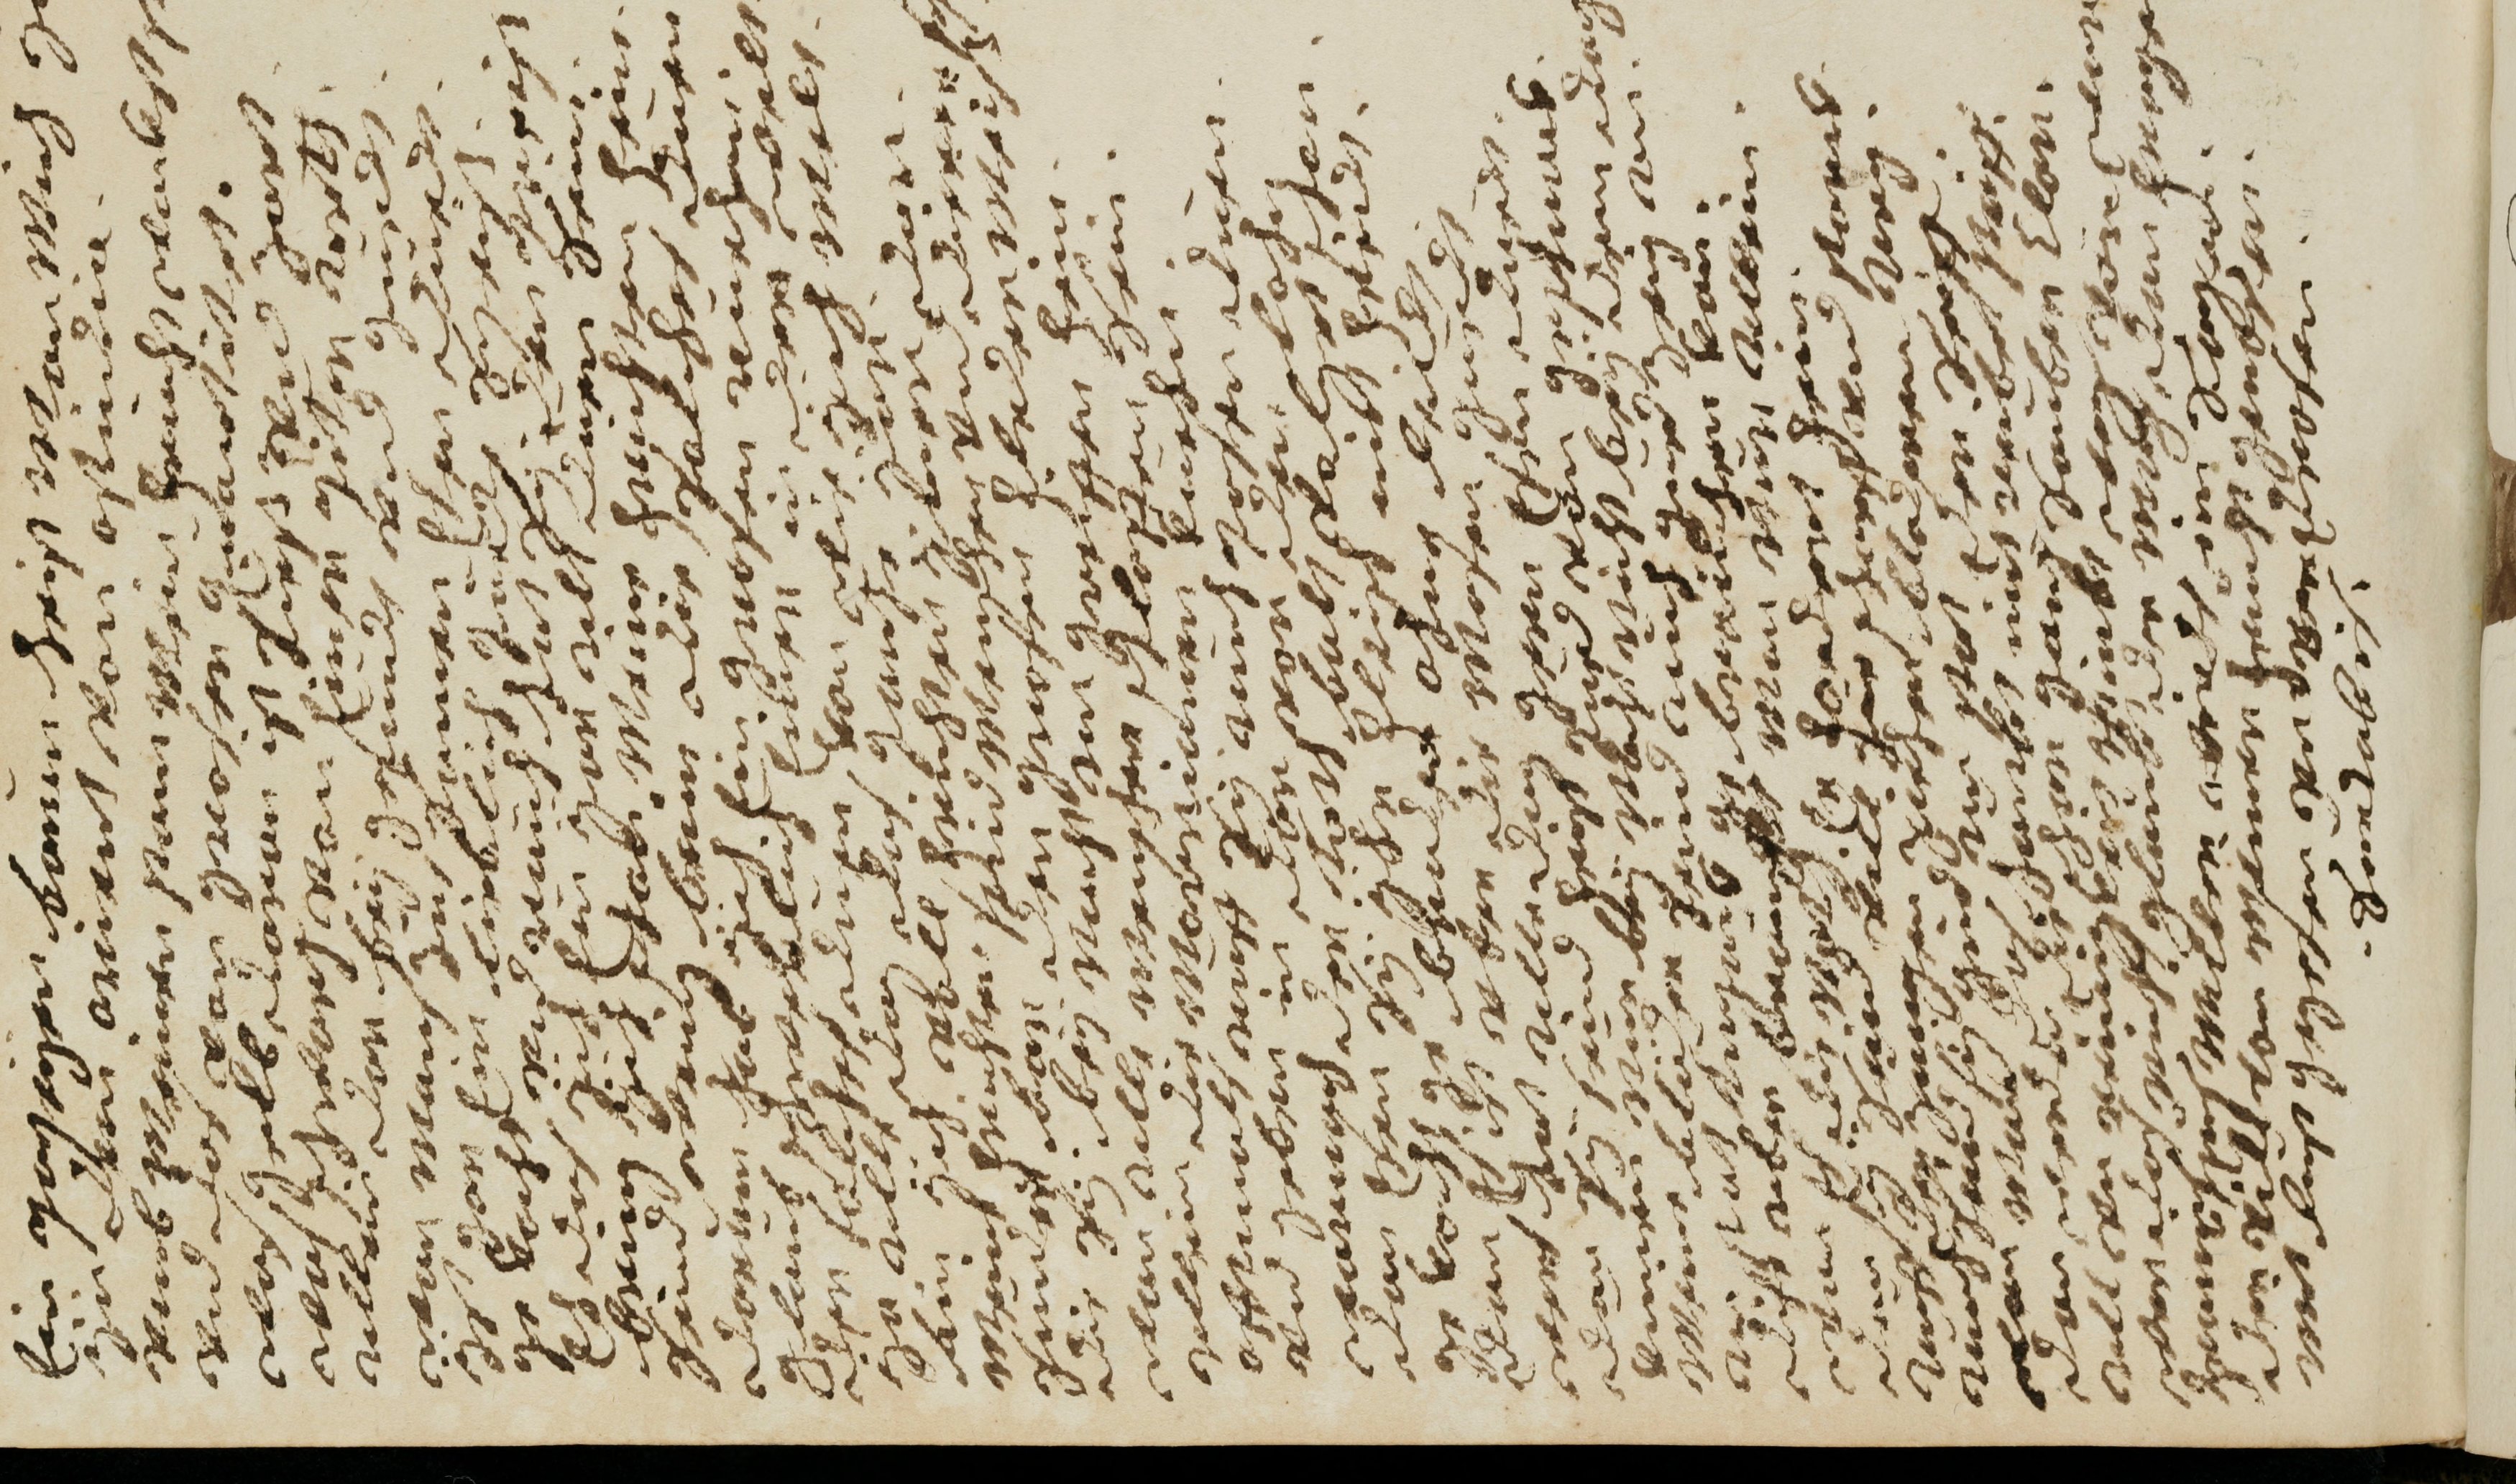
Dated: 1681–1681